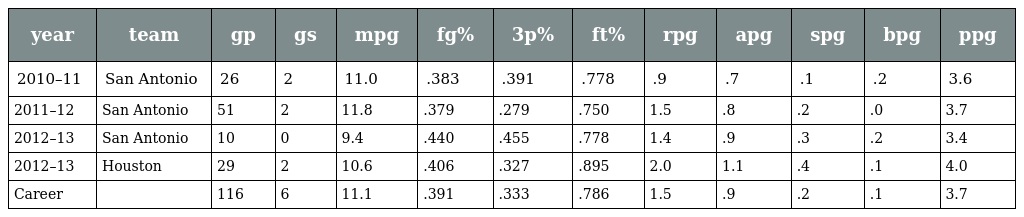
| year | team | gp | gs | mpg | fg% | 3p% | ft% | rpg | apg | spg | bpg | ppg |
 | --- | --- | --- | --- | --- | --- | --- | --- | --- | --- | --- | --- | --- |
 | 2010–11 | San Antonio | 26 | 2 | 11.0 | .383 | .391 | .778 | .9 | .7 | .1 | .2 | 3.6 |
 | 2011–12 | San Antonio | 51 | 2 | 11.8 | .379 | .279 | .750 | 1.5 | .8 | .2 | .0 | 3.7 |
 | 2012–13 | San Antonio | 10 | 0 | 9.4 | .440 | .455 | .778 | 1.4 | .9 | .3 | .2 | 3.4 |
 | 2012–13 | Houston | 29 | 2 | 10.6 | .406 | .327 | .895 | 2.0 | 1.1 | .4 | .1 | 4.0 |
 | Career |  | 116 | 6 | 11.1 | .391 | .333 | .786 | 1.5 | .9 | .2 | .1 | 3.7 |